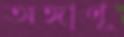
অঙ্গাণূ